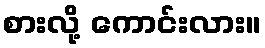
စားလို့ ကောင်းလား။